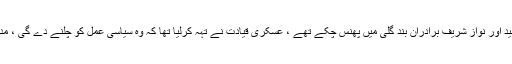
عمران خان، شیخ رشید اور نواز شریف برادران بند گلی میں پھنس چکے تھے ، عسکری قیادت نے تہہ کرلیا تھا کہ وہ سیاسی عمل کو چلنے دے گی ، مداخلت نہیں کرے گی۔